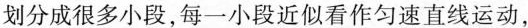
划分成很多小段，每一小段近似看作匀速直线运动，